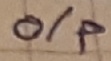
Text: o/p